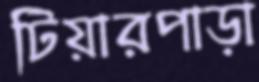
টিয়ারপাড়া